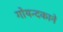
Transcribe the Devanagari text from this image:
गोयन्‍दकाने